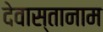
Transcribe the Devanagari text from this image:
देवास्तानाम